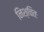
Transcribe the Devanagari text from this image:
निश्चितः